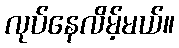
လုပ်နေလိမ့်မယ်။